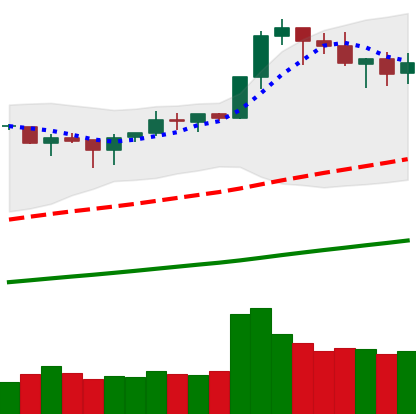
Ticker: BNB-USD
Chart end date: 2019-04-26
Forward return: -4.004%
Label: down_3_5